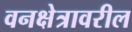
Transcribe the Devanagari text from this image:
वनक्षेत्रावरील